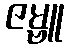
ဇမ္ဗူ